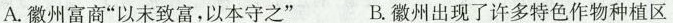
A. 徽州富商”以末致富，以本守之” B. 徽州出现了许多特色作物种植区